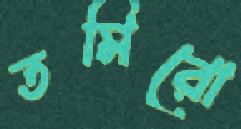
তমিরো